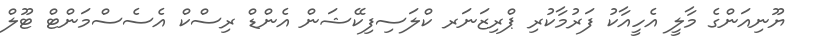
ޔޫނިއަންގެ މާލީ އެހީއާކު ފަރުމާކުރި ޕްރިޒަނަރ ކްލަސިފިކޭޝަން އެންޑް ރިސްކް އެސެސްމަންޓް ޓޫލް